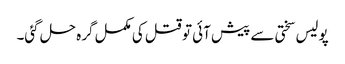
پولیس سختی سے پیش آئی تو قتل کی مکمل گرہ حل گئی۔